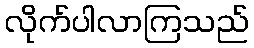
လိုက်ပါလာကြသည်